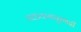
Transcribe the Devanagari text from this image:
मकवानपुरगढी